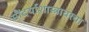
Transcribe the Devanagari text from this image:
सौंदर्याशास्त्रावरचा